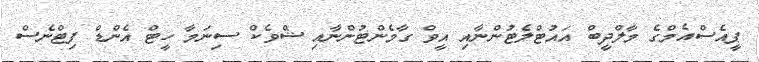
ޕީއެސްއެމްގެ މާލްދީބް އައުޓްލެޓުންނާއި އީވް ގާމެންޓުންނާއި ޝްވެކް ސިނަމާ ހީޓް އެންޑް ފިޓްނެސް